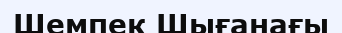
Шемпек Шығанағы